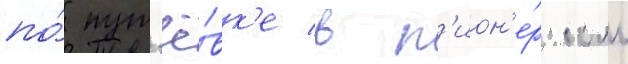
по́ пут'ё́вк'е в п'ион'е́рском